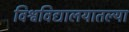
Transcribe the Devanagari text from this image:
विश्वविद्यालयातल्या